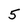
Character: 5